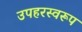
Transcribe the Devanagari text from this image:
उपहरस्वरूप